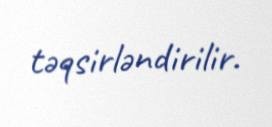
təqsirləndirilir.